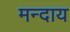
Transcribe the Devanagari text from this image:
मन्दाय